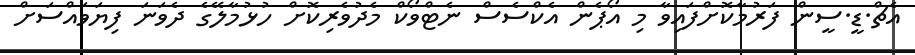
އެޗް.ޑީ.ސީން ފަރުމާކޮށްފައިވާ މި އޯޕެން އެކްސެސް ނެޓްވޯކް މެދުވެރިކޮށް ހުޅުމާލޭގެ ދެވަނަ ފިޔަވައްސަށް